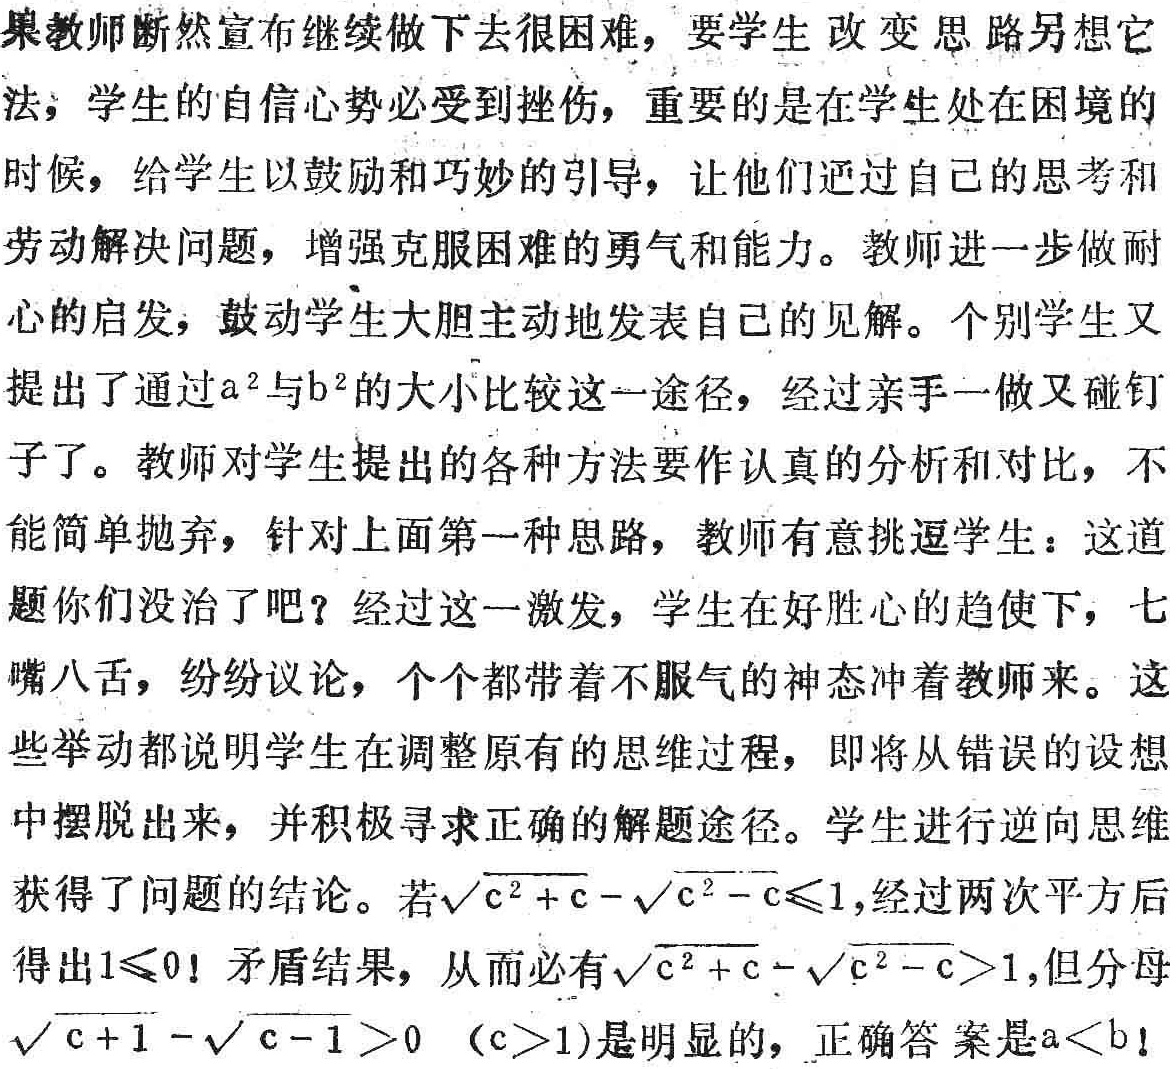
如果教师断然宣布继续做下去很困难，要学生改变思路另想它法；学生的自信心势必受到挫伤，重要的是在学生处在困境的时候，给学生以鼓励和巧妙的引导，让他们通过自己的思考和劳动解决问题，增强克服困难的勇气和能力。教师进一步做耐心的启发，鼓动学生大胆主动地发表自己的见解。个别学生又提出了通过\(a^{2}\)与\(b^{2}\)的大小比较这一途径，经过亲手一做又碰钉子了。教师对学生提出的各种方法要作认真的分析和对比，不能简单抛弃，针对上面第一种思路，教师有意挑逗学生：这道题你们没治了吧？经过这一激发，学生在好胜心的趋使下，七嘴八舌，纷纷议论，个个都带着不服气的神态冲着教师来。这些举动都说明学生在调整原有的思维过程，即将从错误的设想中摆脱出来，并积极寻求正确的解题途径。学生进行逆向思维获得了问题的结论。若\(\sqrt{c^{2}+c}-\sqrt{c^{2}-c}\leq1\)，经过两次平方后得出\(1\leq0\)！矛盾结果，从而必有\(\sqrt{c^{2}+c}-\sqrt{c^{2}-c}>1\)，但分母\(\sqrt{c + 1}-\sqrt{c - 1}>0\)（\(c>1\)）是明显的，正确答案是\(a < b\)！